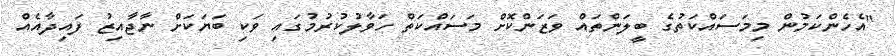
"އެހެންކަމުން މިމަސައްކަތުގެ ބީލަންތައް ވަޒަންކޮށް މަސައްކަތް ހަވާލުކުރުމުގައި ވަކި ބަޔަކަށް ނާޖާއިޒު ފައިދާއެއް